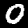
Label: 0